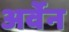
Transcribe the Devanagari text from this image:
अर्वेन